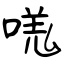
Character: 嗴